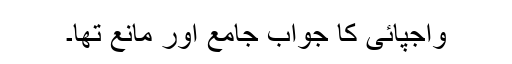
واجپائی کا جواب جامع اور مانع تھا۔